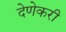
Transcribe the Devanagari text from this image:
देणेकरी